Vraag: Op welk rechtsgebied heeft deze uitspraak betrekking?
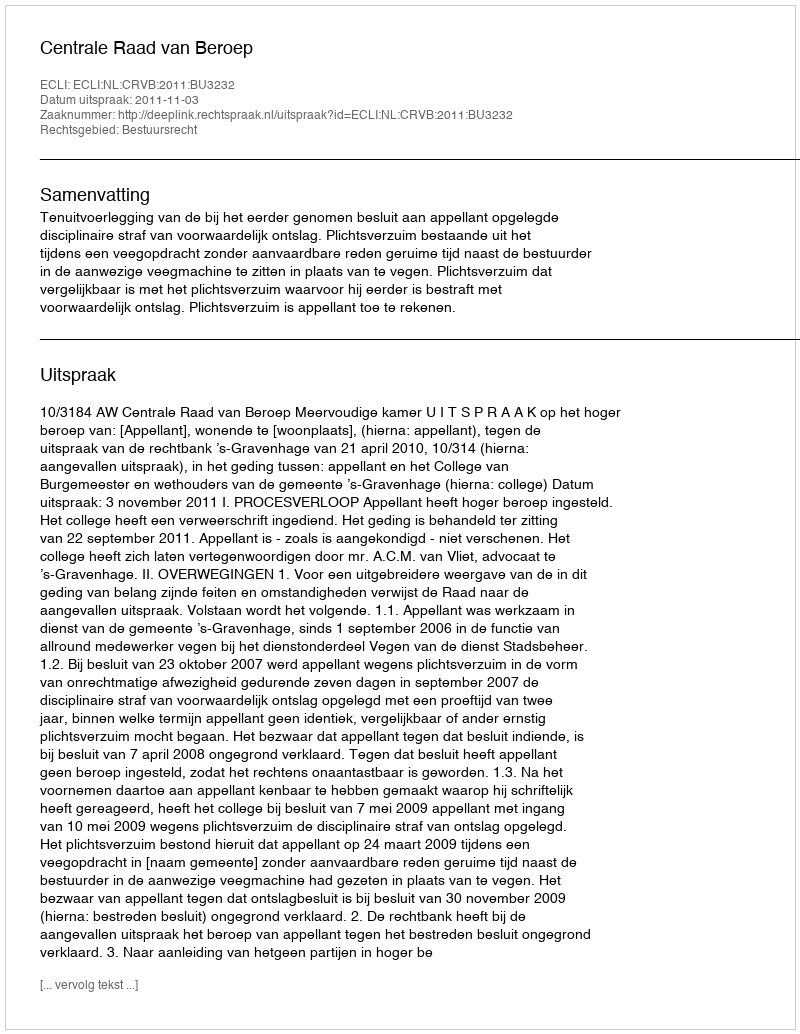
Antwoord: Bestuursrecht